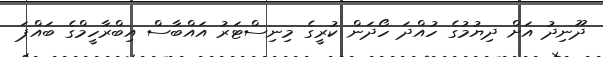
ދޫނިދު އަށް ދިޔުމުގެ ހުއްދަ ހޯދަން ކުރީގެ މިނިސްޓަރު އައްބާސް އިބްރާހީމްގެ ބައްޕަ